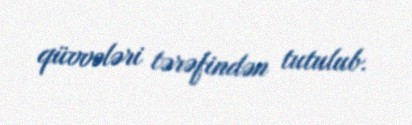
qüvvələri tərəfindən tutulub.